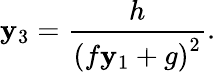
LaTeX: \mathbf{y}_{3}=\frac{{h}}{{\left(f\mathbf{y}_{1}+g\right)^{2}}}.